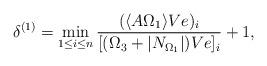
LaTeX: \begin{gather*}\delta^{(1)} = \min_{1\leq i \leq n} \frac{(\langle A\Omega_1 \rangle Ve)_i}{[(\Omega_3 + \vert N_{\Omega_1} \vert)Ve]_i}+1, \end{gather*}